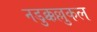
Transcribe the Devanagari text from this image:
नडुक्कल्लुकल